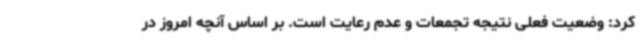
کرد: وضعیت فعلی نتیجه تجمعات و عدم رعایت است. بر اساس آنچه امروز در